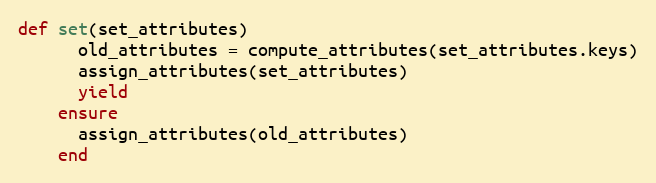
Language: Ruby
def set(set_attributes)
      old_attributes = compute_attributes(set_attributes.keys)
      assign_attributes(set_attributes)
      yield
    ensure
      assign_attributes(old_attributes)
    end